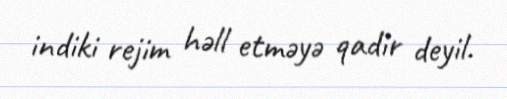
indiki rejim həll etməyə qadir deyil.